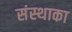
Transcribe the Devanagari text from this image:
संस्‍थाका